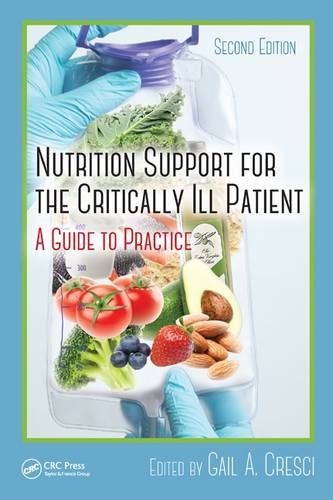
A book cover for Nutrition Support for the Critically Ill Patient: A Guide to Practice, Second Edition; Medical Books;